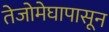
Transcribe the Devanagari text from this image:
तेजोमेघापासून